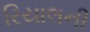
રિયાલની